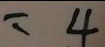
= 4